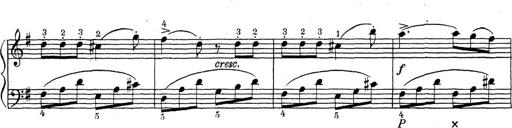
Title: ÄŒeskÃ© Sonatiny
Composer: Various